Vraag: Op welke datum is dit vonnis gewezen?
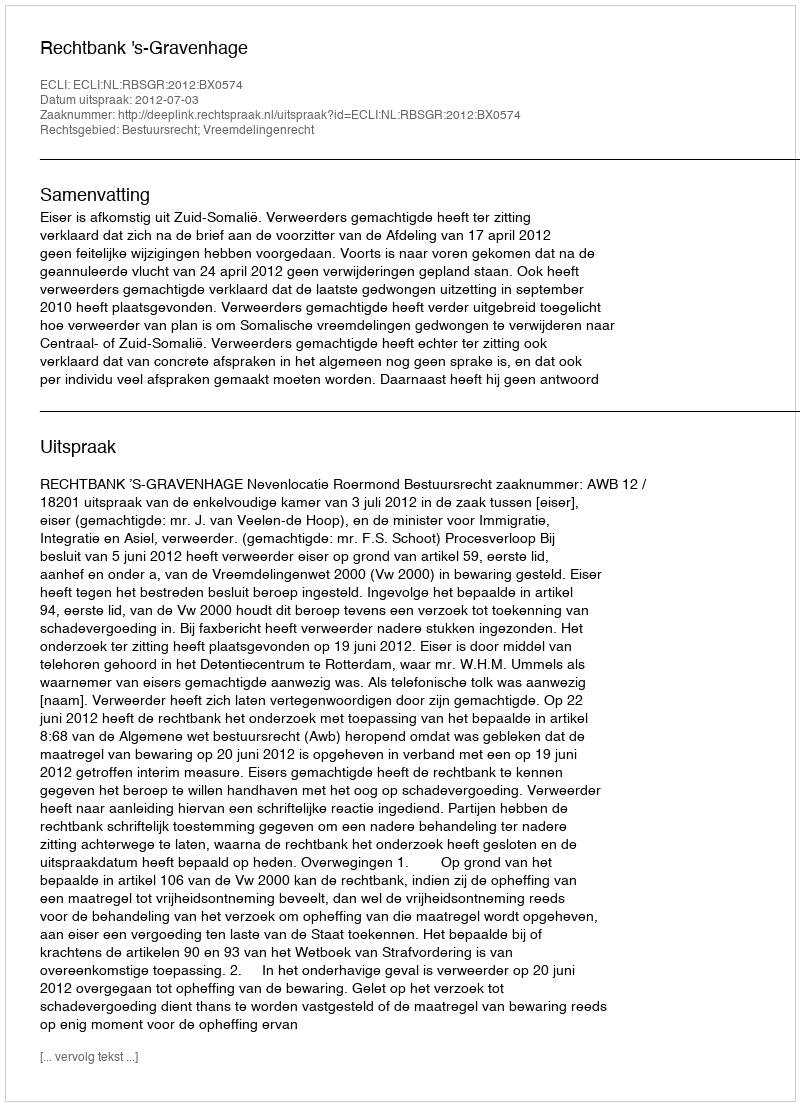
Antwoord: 2012-07-03